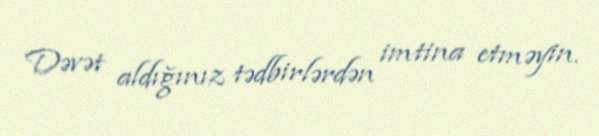
Dəvət aldığınız tədbirlərdən imtina etməyin.